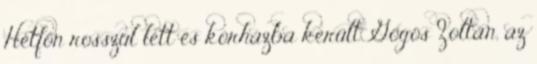
Hétfőn rosszul lett és kórházba került Gőgös Zoltán, az